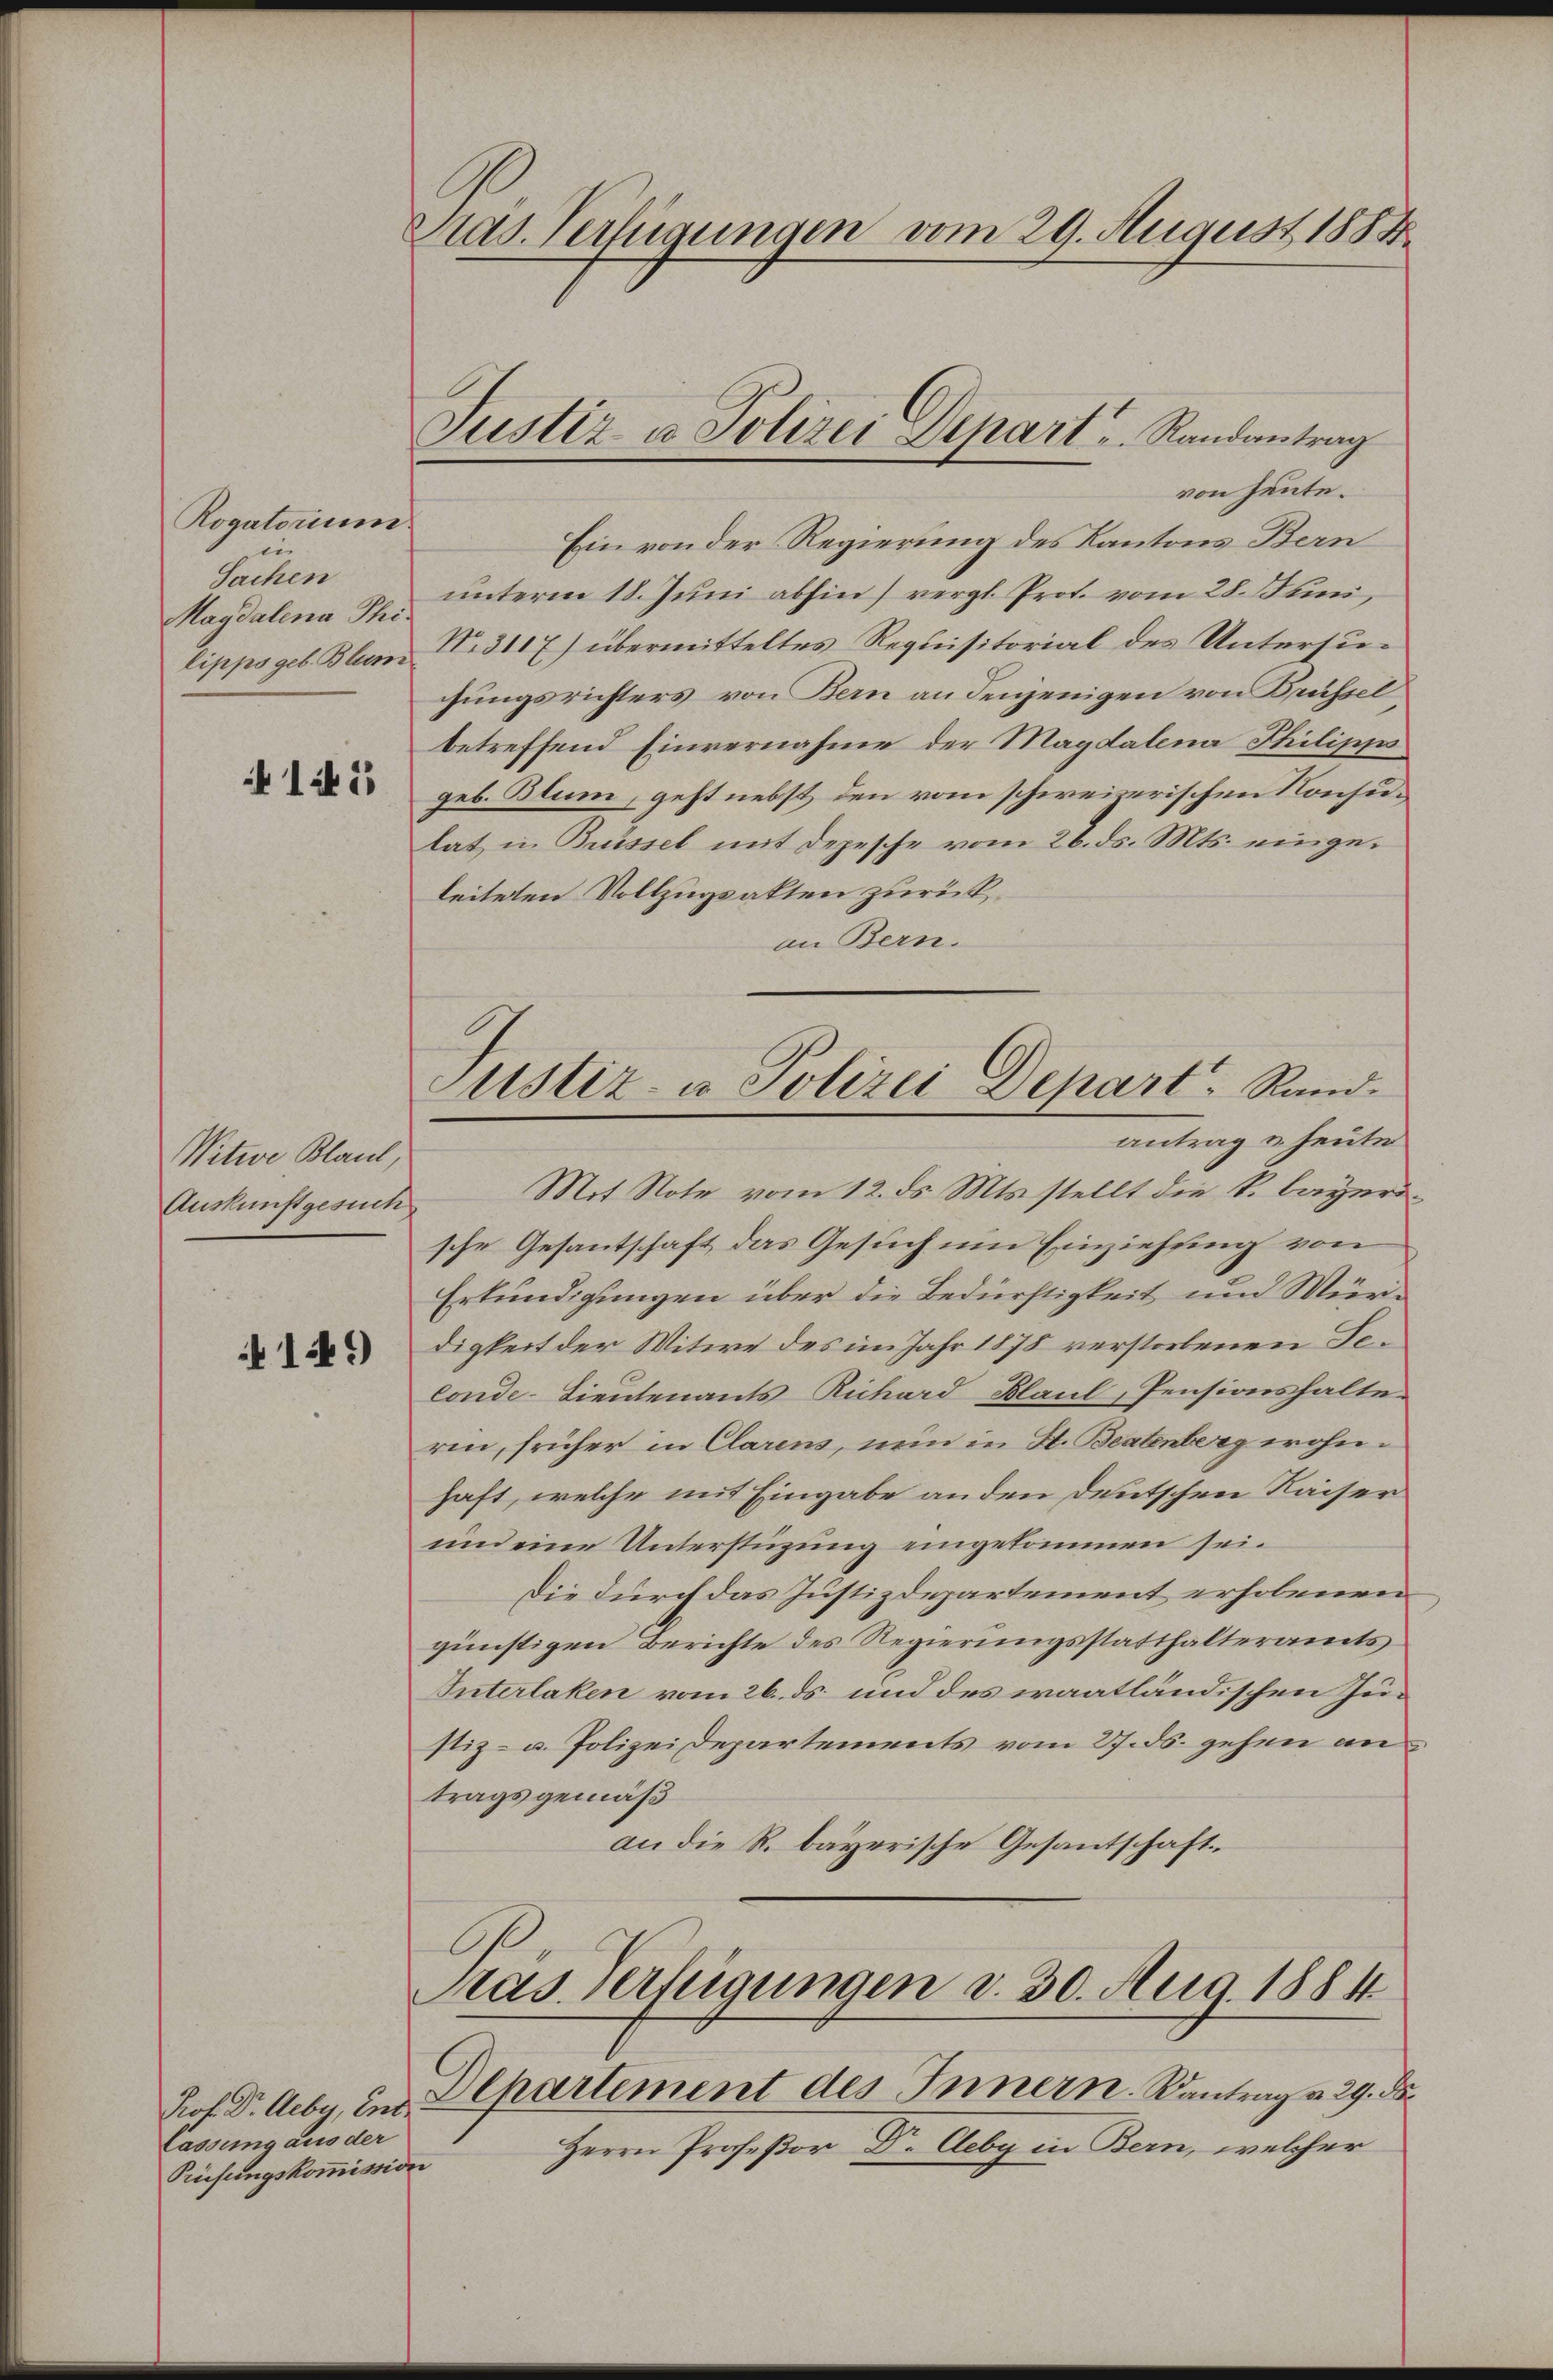
Rogatorium
ei
Sachen
lippo geb. Blum

145

Witwe Blaul,
Auskunftgesuch

141)

lassung aus der
Prüfungskommission

Pras. Verfügungen vom 29. August 1884.

von heute.
Ein von der Regierung des Kantons Bern
Magdalena S. unterm 18. Juni abhin) vergl. Prot. vom 28. Juni,
No. 3117) übermitteltes Requisitorial des Untersugungsrichters von Bern an denjenigen von Brüssel
betreffend Einvernahme der Magdalena Philippi
geb. Blum, geht nebst den vom schweizerischen Konsulat in Brüssel mit Depesche vom 26. ds. Mts. eingeleiteten Vollzugsakten zurück,
an Bern.
Mit Note vom 12. ds. Mts. stellt die k. bayerische Gesantschaft das Gesuch um Einziehung von
Erkundigungen über die Bedürftigkeit und Würdigkeit der Witwe des im Jahr 1878 verstorbenen Selonde-Lieutenants Richard Blaul, Pensionshalteren, früher in Clarens, nein in H. Beatenberg wohnhaft, welche mit Eingabe anden Deutschen Kaiser
und eine Unterstüzung eingekommen sei.
Die durch das Justizdepartement erhobenen
günstigen Berichte des Regierungsstatthalteramts
Interlaken vom 26. ds. und des waatländischen Justiz- u. Polizei Departements vom 27. ds. gehen antragsgemäß
an die R. bayerische Gesantschaft¬
Pras Verfügungen d. 30. Aug. 1884

Justiz u. Polizei Depart u. Randantrag

Justiz- u Polizei Depart. Rand
antrag u. heute

Prof. Dr. Acby, und Departement des Innern. Kantrag v. 29. d
Herrn Profeßor Dr. Aeby in Bern, welcher